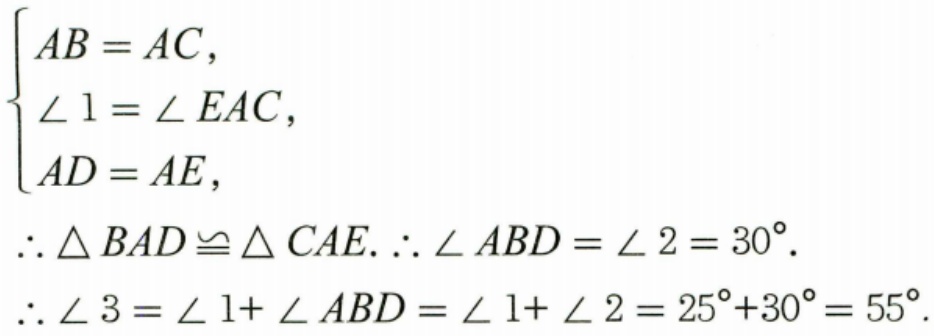
$\begin{cases}
AB = AC,\\
\angle 1=\angle EAC,\\
AD = AE,
\end{cases}$
$\therefore\triangle BAD\cong\triangle CAE.\therefore\angle ABD=\angle 2 = 30^{\circ}.$
$\therefore\angle 3=\angle 1+\angle ABD=\angle 1+\angle 2=25^{\circ}+30^{\circ}=55^{\circ}.$